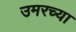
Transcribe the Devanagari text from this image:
उमरच्या